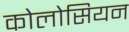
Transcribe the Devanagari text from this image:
कोलोसियन